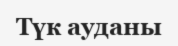
Түк ауданы